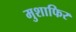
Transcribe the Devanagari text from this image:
मुशाफिर